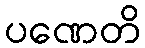
ပဏေတိ